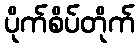
ပိုက်စိပ်တိုက်